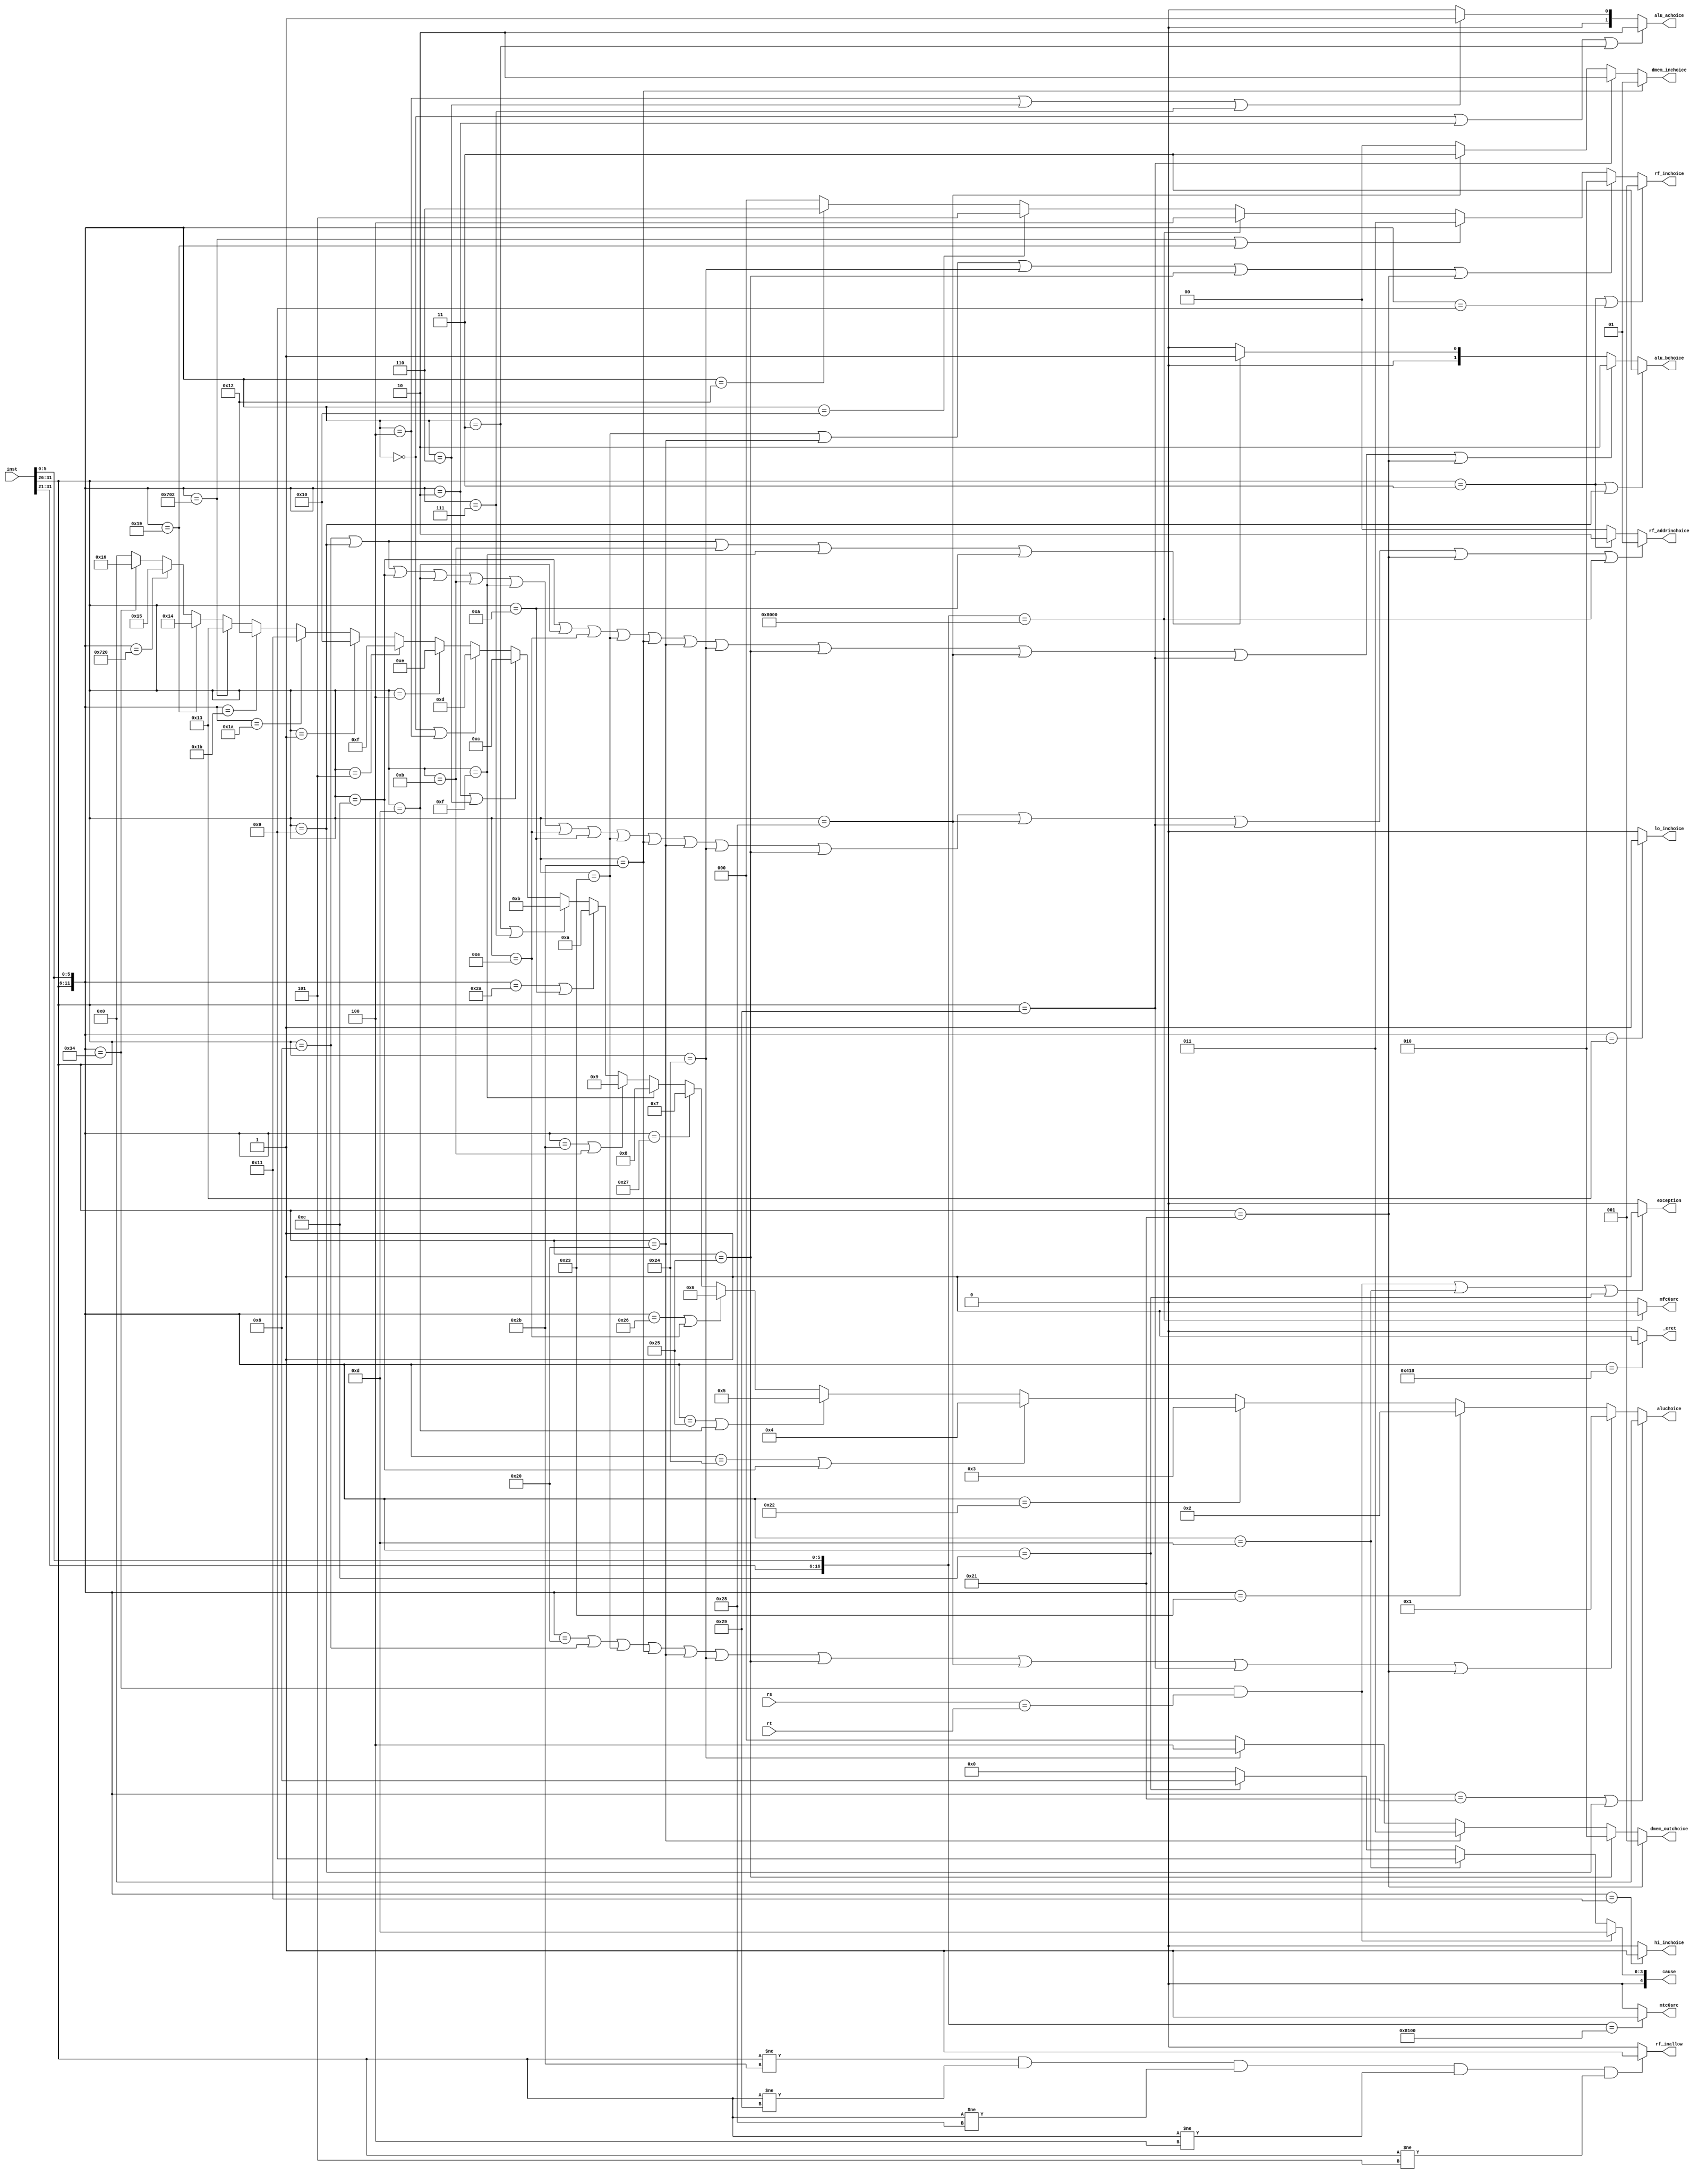
`timescale 1ns / 1ps
module controlunit(
    input [31:0] inst,
    input [31:0] rs,
    input [31:0] rt,
    output [4:0]aluchoice,
    output [1:0]alu_achoice,
    output [1:0]alu_bchoice,
    output [1:0]rf_addrinchoice,
    output [2:0]rf_inchoice,
    output rf_inallow,
    output hi_inchoice,
    output lo_inchoice,
    output [1:0]dmem_inchoice,
    output [2:0]dmem_outchoice,
    output mfc0src,
    output mtc0src,
    output exception,
    output _eret,
    output [4:0]cause
    );
    
    wire [16:0]moreop;
    assign moreop = {inst[31:21],inst[5:0]};
    wire [11:0]opcode;
    assign opcode = {inst[31:26],inst[5:0]};
    wire [5:0]halfop;
    assign halfop = {inst[31:26]};
          
    parameter [5:0]
    addi = 6'b001000,
    addiu = 6'b001001,
    andi = 6'b001100,
    ori = 6'b001101,
    sltiu = 6'b001011,
    lui = 6'b001111,
    xori = 6'b001110,
    slti = 6'b001010,
    beq = 12'b000100,
    bne = 6'b000101,
    bgez = 6'b000001,
    
    j = 6'b000010,
    jal = 6'b000011,
        
    lw = 6'b100011,
    sw = 6'b101011,
    lb = 6'b100000,
    lbu = 6'b100100,
    lhu = 6'b100101,
    sb = 6'b101000,
    sh = 6'b101001,
    lh = 6'b100001;
     
    parameter [11:0] 
    addu = 12'b000000_100001,
    _and = 12'b000000_100100,
    _xor = 12'b000000_100110,
    _nor = 12'b000000_100111,
    _or = 12'b000000_100101,
    sll = 12'b000000_000000,
    sllv = 12'b000000_000100,
    sltu = 12'b000000_101011,
    sra = 12'b000000_000011,
    srl = 12'b000000_000010,
    subu = 12'b000000_100011,
    add = 12'b000000_100000,
    sub = 12'b000000_100010,
    slt = 12'b000000_101010,
    srlv = 12'b000000_000110,
    srav = 12'b000000_000111,
    clz = 12'b011100_100000,
    divu = 12'b000000_011011,
    mul = 12'b011100_000010,
    multu = 12'b000000_011001,
    teq = 12'b000000_110100,
    div = 12'b000000_011010,
    
    jr = 12'b000000_001000,
    jalr = 12'b000000_001001,

    mfhi = 12'b000000_010000,
    mflo = 12'b000000_010010,
    mthi = 12'b000000_010001,
    mtlo = 12'b000000_010011,
    
    eret = 12'b010000_011000,
    syscall = 12'b000000_001100,
    _break = 12'b000000_001101;
    
    parameter [16:0]
    mfc0 = 17'b010000_00000_000000,
    mtc0 = 17'b010000_00100_000000;

    assign aluchoice =  (opcode==addu || halfop==addiu) ? 5'b00000:
                        (opcode==add || halfop==addi || halfop==lw || halfop==sw || halfop==lb || halfop==lbu || halfop==lhu || halfop==sb || halfop==sh || halfop==lh) ? 5'b00001:
                        (opcode==subu) ? 5'b00010:
                        (opcode==sub) ? 5'b00011:
                        (opcode==_and || halfop==andi) ? 5'b00100:
                        (opcode==_or || halfop==ori) ? 5'b00101:
                        (opcode==_xor || halfop==xori) ? 5'b00110:
                        (opcode==_nor) ? 5'b00111:
                        (halfop==lui) ? 5'b01000:
                        (opcode==sltu || halfop==sltiu) ? 5'b01001:
                        (opcode==slt || halfop==slti) ? 5'b01010:
                        (opcode==sra || opcode==srav) ? 5'b01011:
                        (opcode==srl || opcode==srlv) ? 5'b01100:
                        (opcode==sll || opcode==sllv) ? 5'b01101:
                        (halfop==beq) ? 5'b01110:
                        (halfop==bne) ? 5'b01111:
                        (halfop==bgez) ? 5'b10000:
                        (opcode==div) ? 5'b10001:
                        (opcode==divu) ? 5'b10010:
                        (opcode==mul) ? 5'b10011:
                        (opcode==multu) ? 5'b10100:
                        (opcode==clz) ? 5'b10101:
                        (opcode==teq) ? 5'b10110: 5'b00000;

    assign alu_achoice= (opcode==sll || opcode==srl || opcode==sra) ? 2'b10:
                        (opcode==sllv || opcode==srlv || opcode==srav) ? 2'b01: 2'b00;
    
    assign alu_bchoice= (halfop==jal || halfop==jalr) ? 2'b11:
                        (halfop==andi || halfop==ori || halfop==xori || halfop==lw || halfop==sw ||
                         halfop==lb || halfop==lbu || halfop==lhu || halfop==sb || halfop==sh || halfop==lh) ? 2'b10:
                        (halfop==addi || halfop==addiu || halfop==sltiu || halfop==lui || halfop==slti) ? 2'b01: 2'b00;
                        
    assign rf_addrinchoice= (halfop==addi || halfop==addiu || halfop==andi || halfop==ori ||
                             halfop==sltiu || halfop==lui || halfop==xori || halfop==slti ||
                             halfop==lw || halfop==sw || halfop==lb || halfop==lbu || 
                             halfop==lhu || halfop==sb || halfop==sh || halfop==lh ||
                             moreop == mfc0) ? 2'b01:
                            (halfop==jal) ? 2'b10: 2'b00;
                             
    assign rf_inchoice= (halfop == jal || opcode == jalr) ? 3'b001:
                        (halfop == lw || halfop == lb || halfop == lbu || halfop == lhu || halfop == lh) ? 3'b010:
                        (opcode == mul || opcode == multu) ? 3'b011:
                        (moreop == mfc0) ? 3'b100:
                        (opcode == mfhi) ? 3'b101:
                        (opcode == mflo) ? 3'b110: 0;
    assign rf_inallow = (halfop != sw && halfop != sh && halfop != sb && halfop != beq && halfop != bne) ? 1: 0;

    assign hi_inchoice= (opcode == mthi) ? 1: 0;                        

    assign lo_inchoice= (opcode == mtlo) ? 1: 0;

    assign dmem_inchoice =  (halfop==sw) ? 2'b01:
                            (halfop==sh) ? 2'b10:
                            (halfop==sb) ? 2'b11: 2'b00;
    
    assign dmem_outchoice = (halfop==lh) ? 3'b001:
                            (halfop==lhu) ? 3'b010:
                            (halfop==lb) ? 3'b011:
                            (halfop==lbu) ? 3'b100: 3'b000; //lw->dmem_outchoice==3'b000
    
    assign exception =  ((opcode==teq && rs==rt) || opcode==_break || opcode==syscall) ? 1: 0;

    assign _eret =  (opcode==eret) ? 1: 0;

    assign cause =  (opcode==teq && rs==rt) ? 5'b01101:
                    (opcode==_break) ? 5'b01001:
                    (opcode==syscall) ? 5'b01000:    
                    (opcode==_break) ? 5'b01001: 5'b00000;   

    assign mfc0src= (moreop == mfc0) ? 1: 0;    

    assign mtc0src= (moreop == mtc0) ? 1: 0;

endmodule